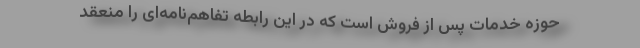
حوزه خدمات پس از فروش است که در این رابطه تفاهم‌نامه‌ای را منعقد